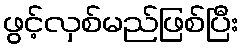
ဖွင့်လှစ်မည်ဖြစ်ပြီး